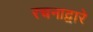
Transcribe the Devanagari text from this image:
रचनाद्वारे